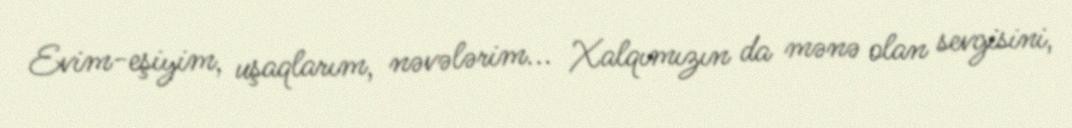
Evim-eşiyim, uşaqlarım, nəvələrim... Xalqımızın da mənə olan sevgisini,